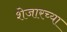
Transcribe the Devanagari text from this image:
शेजारच्‍या